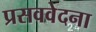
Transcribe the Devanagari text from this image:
प्रसववेदना